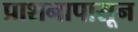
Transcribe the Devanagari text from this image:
प्राशनापासून